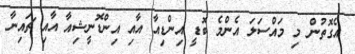
އެގޮތުން މި މައްސަލަ އެންމެ ބޮޑީ އިންޑިއާ އާއި އިންޑޮނީޝިއާ އާއި ޗައިނާ